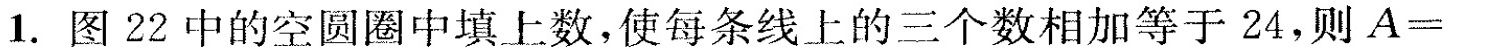
1.图22中的空圆圈中填上数，使每条线上的三个数相加等于24，则$$A =